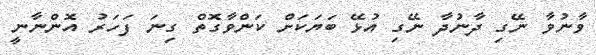
ވާނުވާ ނޭގި ދާނުދާ ނޭގި އުޅޭ ބަޔަކަށް ކަންވާގޮތް ގިނަ ފަހަރު އޮންނާނީ